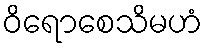
ဝိရောစေသိမဟံ